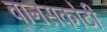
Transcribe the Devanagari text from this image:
वानसकोटी